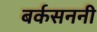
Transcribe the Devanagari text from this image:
बर्कसननी